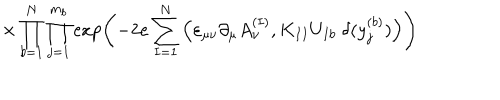
LaTeX: \times \prod _ { b = 1 } ^ { N } \prod _ { j = 1 } ^ { m _ { b } } \exp \left( - 2 e \sum _ { I = 1 } ^ { N } \Big ( \varepsilon _ { \mu \nu } \partial _ { \mu } A _ { \nu } ^ { ( I ) } , K _ { I I } U _ { I b } \; \delta ( y _ { j } ^ { ( b ) } ) \Big ) \right)